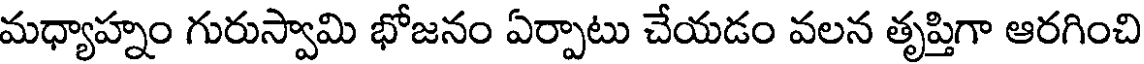
మధ్యాహ్నం గురుస్వామి భోజనం ఏర్పాటు చేయడం వలన తృప్తిగా ఆరగించి